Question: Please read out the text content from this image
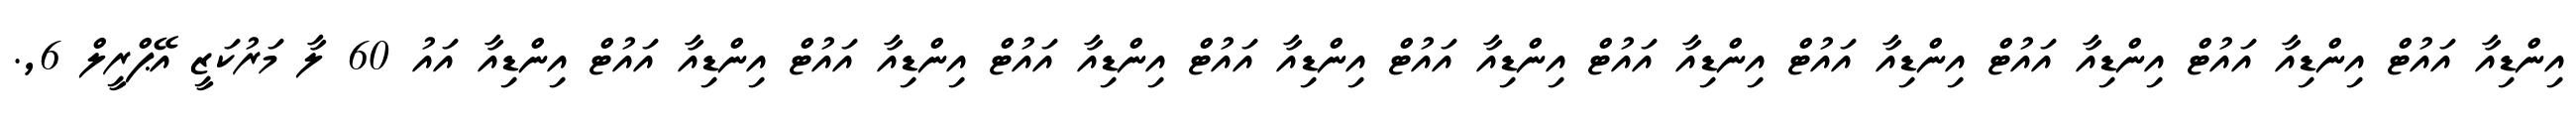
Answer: އިންޑިއާ އައުޓް އިންޑިއާ އައުޓް އިންޑިއާ އައުޓް އިންޑިއާ އައުޓް އިންޑިއާ އައުޓް އިންޑިއާ އައުޓް އިންޑިއާ އައުޓް އިންޑިއާ އައުޓް އިންޑިއާ އައުޓް އިންޑިއާ އައުޓް އިންޑިއާ އައު 60 ލާ މަރުކަޒީ އޭޕްރީލް 6,.